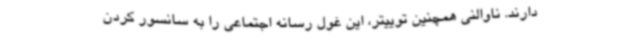
دارند. ناوالنی همچنین توییتر، این غول رسانه اجتماعی را به سانسور کردن